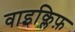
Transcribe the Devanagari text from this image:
वाइक्लिफ़